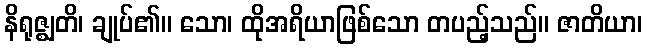
နိရုဇ္ဈတိ၊ ချုပ်၏။ သော၊ ထိုအရိယာဖြစ်သော တပည့်သည်။ ဇာတိယာ၊